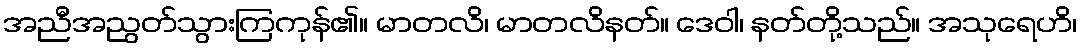
အညီအညွတ်သွားကြကုန်၏။ မာတလိ၊ မာတလိနတ်။ ဒေဝါ၊ နတ်တို့သည်။ အသုရေဟိ၊